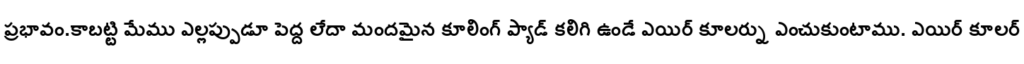
ప్రభావం.కాబట్టి మేము ఎల్లప్పుడూ పెద్ద లేదా మందమైన కూలింగ్ ప్యాడ్ కలిగి ఉండే ఎయిర్ కూలర్ను ఎంచుకుంటాము. ఎయిర్ కూలర్